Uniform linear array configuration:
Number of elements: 4
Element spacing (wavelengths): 0.25
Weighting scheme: exponential
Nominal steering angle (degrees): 15
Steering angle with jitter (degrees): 15.508
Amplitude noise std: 0.05
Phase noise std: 0.05

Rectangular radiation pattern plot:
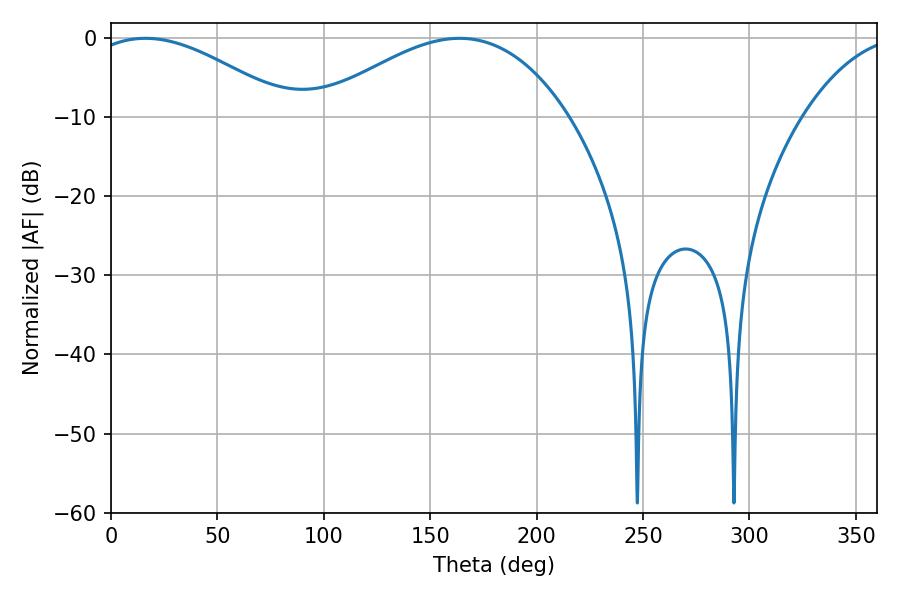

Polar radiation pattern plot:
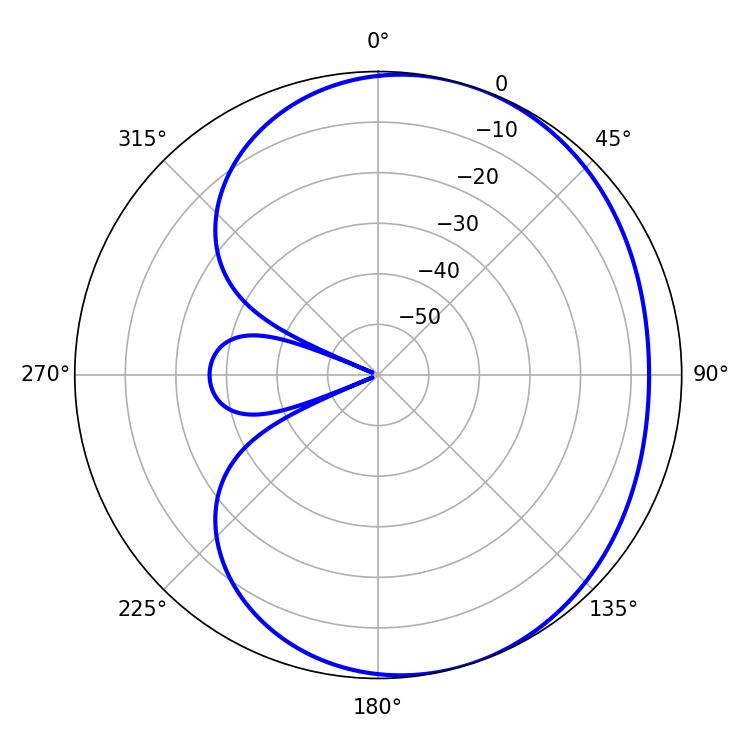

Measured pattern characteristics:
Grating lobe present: FALSE
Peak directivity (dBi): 3.725
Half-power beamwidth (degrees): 52.2
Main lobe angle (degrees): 16.2